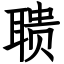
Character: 聩